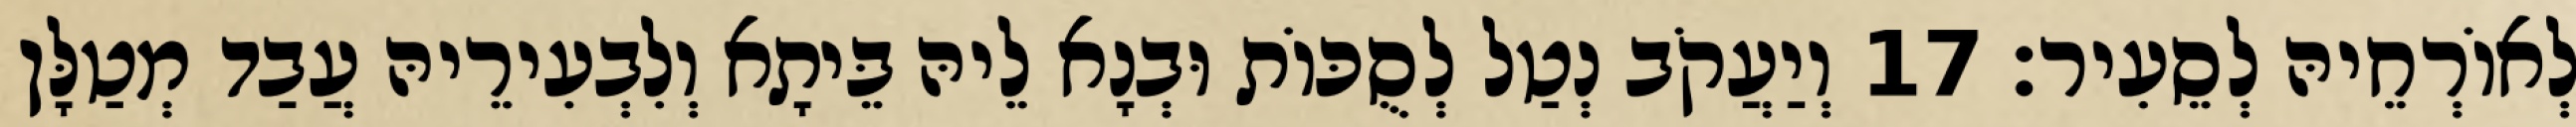
לְאוֹרְחֵיהּ לְסֵעִיר׃ 17 וְיַעֲקֹב נְטַל לְסֻכּוֹת וּבְנָא לֵיהּ בֵּיתָא וְלִבְעִירֵיהּ עֲבַד מְטַלָּן